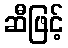
ဆီဖြင့်